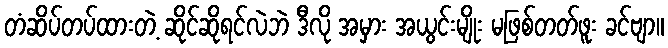
တံဆိပ်တပ်ထားတဲ့ ဆိုင်ဆိုရင်လဲဘဲ ဒီလို အမှား အယွင်းမျိုး မဖြစ်တတ်ဖူး ခင်ဗျာ။